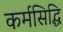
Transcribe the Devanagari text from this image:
कर्मसिद्धि